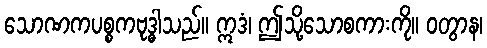
သောဏကပစ္စကဗုဒ္ဓါသည်။ ဣဒံ၊ ဤသို့သောစကားကို။ ဝတွာန၊